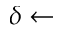
\delta \gets